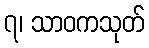
၇၊ သာဝကသုတ်